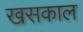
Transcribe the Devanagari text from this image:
खसकाल